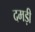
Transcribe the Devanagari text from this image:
दमड़ी